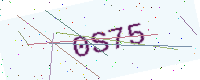
Text: 0S75